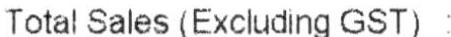
TOTAL SALES (EXCLUDING GST) :